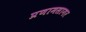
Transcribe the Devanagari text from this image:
प्रणामसागर